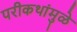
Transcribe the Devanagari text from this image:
परीकथांमुळे